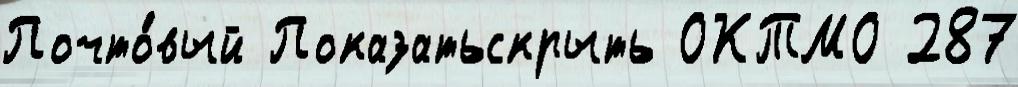
Почто́вый Показатьскрыть ОКТМО 287